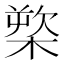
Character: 𰘒